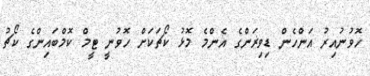
ހޮވުނުއިރު އަންހެން ޑިވިޜަންގެ އެންމެ މޮޅު ކޯޗަކަށް ހޮވުނީ ޓީމް ކޮމްބައިންގެ ކޯޗު